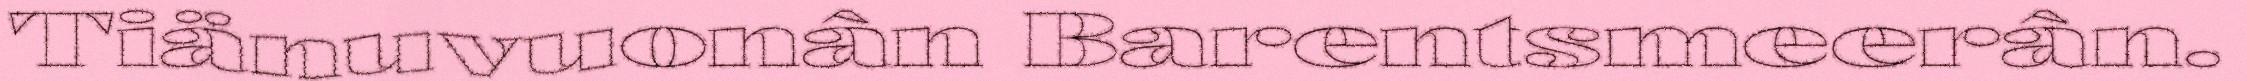
Tiänuvuonân Barentsmeerân.